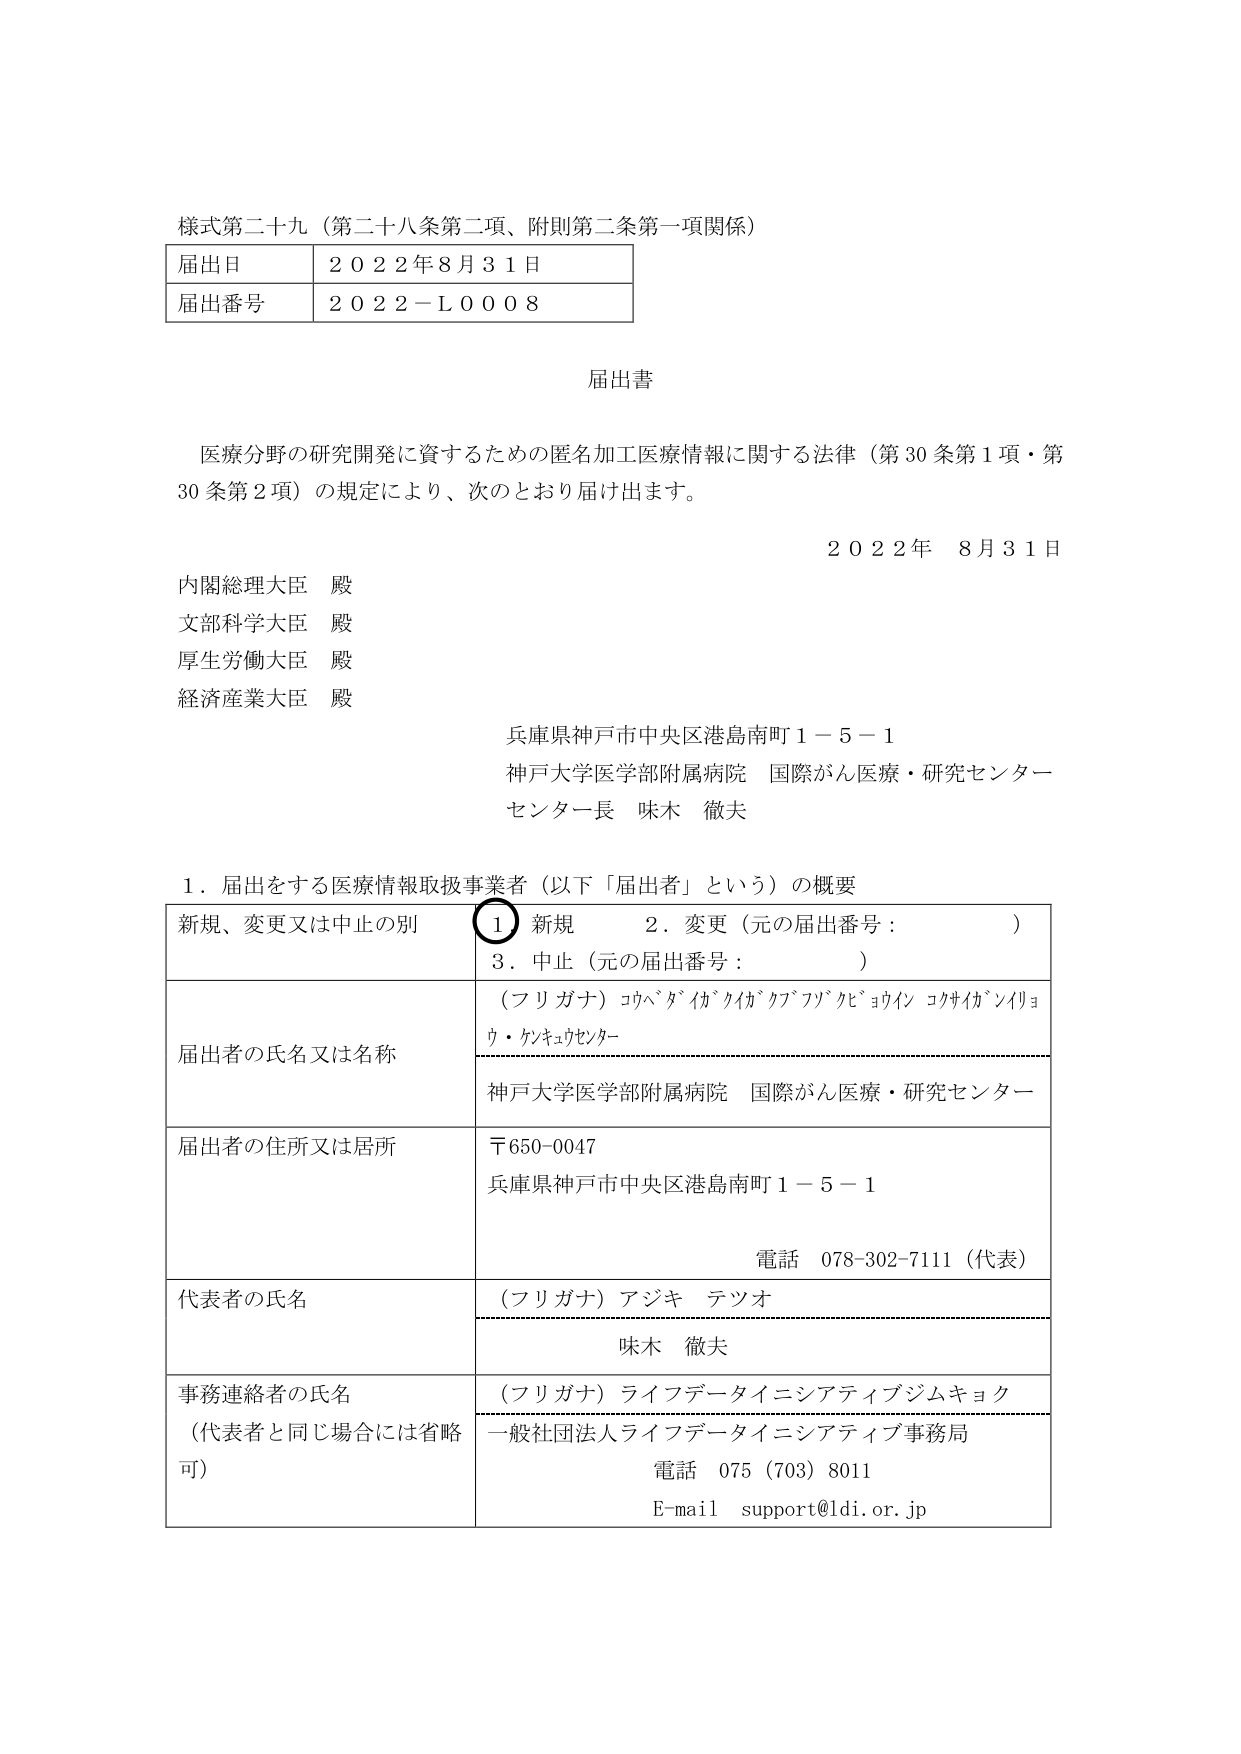
様式第二十九（第二十八条第二項、附則第二条第一項関係）

届出日　２０２２年８月３１日
届出番号　２０２２－Ｌ０００８

届出書

医療分野の研究開発に資するための匿名加工医療情報に関する法律（第30条第1項・第30条第2項）の規定により、次のとおり届け出ます。

２０２２年　８月３１日

内閣総理大臣　殿
文部科学大臣　殿
厚生労働大臣　殿
経済産業大臣　殿

兵庫県神戸市中央区港島南町１－５－１
神戸大学医学部附属病院　国際がん医療・研究センター
センター長　味木　徹夫

１．届出をする医療情報取扱事業者（以下「届出者」という）の概要

新規、変更又は中止の別　① 新規　　２．変更（元の届出番号：　　　　）
　　　　　　　　　　　　　　３．中止（元の届出番号：　　　　）

届出者の氏名又は名称
（フリガナ）コウベダイガクイガクブフクゾウビョウイン　コクサイガンイリョウ・ケンキュウセンター
神戸大学医学部附属病院　国際がん医療・研究センター

届出者の住所又は居所
〒650-0047
兵庫県神戸市中央区港島南町１－５－１
電話　078-302-7111（代表）

代表者の氏名
（フリガナ）アジキ　テツオ
味木　徹夫

事務連絡者の氏名
（代表者と同じ場合には省略可）
（フリガナ）ライフデータタイニシアティブジムキョク
一般社団法人ライフデータタイニシアティブ事務局
電話　075（703）8011
E-mail　support@ldi.or.jp